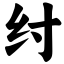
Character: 纣